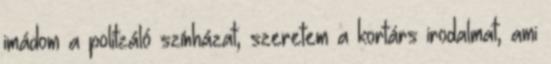
imádom a politzáló színházat, szeretem a kortárs irodalmat, ami